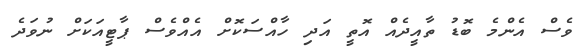
ވެސް އެންމެ ބޮޑު ތާއީދެއް އޮތީ އަދި ހާއްސަކޮށް އެއްވެސް ޕާޓީއަކަށް ނުވަދެ